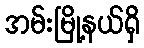
အမ်းမြို့နယ်ရှိ